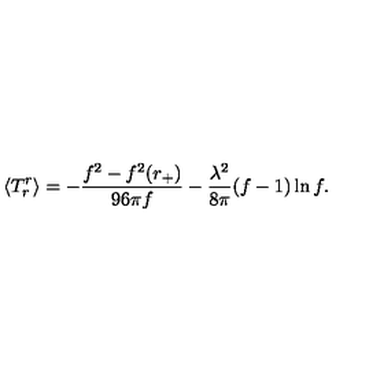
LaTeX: \langle T _ { r } ^ { r } \rangle = - { \frac { f ^ { 2 } - f ^ { 2 } ( r _ { + } ) } { 9 6 \pi f } } - { \frac { \lambda ^ { 2 } } { 8 \pi } } ( f - 1 ) \ln f .